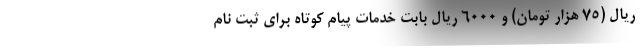
ریال (۷۵ هزار تومان) و ۶۰۰۰ ریال بابت خدمات پیام کوتاه برای ثبت نام